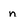
Character: n